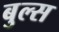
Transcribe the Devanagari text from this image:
बुल्‍स